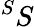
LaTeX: ^SS